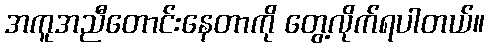
အကူအညီတောင်းနေတာကို တွေ့လိုက်ရပါတယ်။